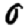
Digit: 0